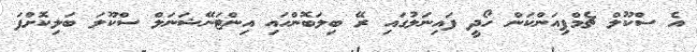
އެ ސްކޫލް ޗެމްޕިއަންކަން ހޯދީ ފައިނަލުގައި ރޭ ބިލަބޮންހައި އިންޓަނޭޝަނަލް ސްކޫލަ ބަލިކޮށްފަ